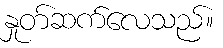
နှုတ်ဆက်လေသည်။